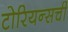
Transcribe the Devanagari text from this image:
टोरियन्सची